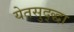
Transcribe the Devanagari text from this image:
येतसुद्द्धा